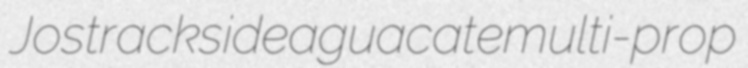
Jos trackside aguacate multi-prop